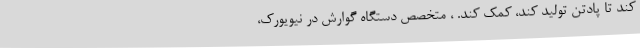
کند تا پادتن تولید کند، کمک کند. ، متخصص دستگاه گوارش در نیویورک،